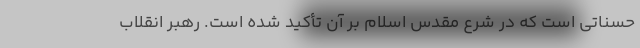
حسناتی است که در شرع مقدس اسلام بر آن تأکید شده است. رهبر انقلاب